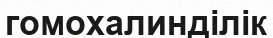
гомохалинділік